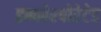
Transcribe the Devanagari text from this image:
इन्कोरपोरेटेड